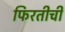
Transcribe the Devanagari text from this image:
फिरतीची